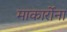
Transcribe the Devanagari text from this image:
माकार्रोना